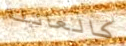
كالعائلة